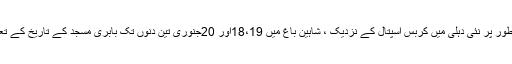
اسی سلسلے کی ایک کڑی کے طور پر نئی دہلی میں کربس اسپتال کے نزدیک ، شاہین باغ میں 18،19اور 20جنوری تین دنوں تک بابری مسجد کے تاریخ کے تعلق سے نمائش گاہ لگایا گیا ہے۔